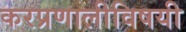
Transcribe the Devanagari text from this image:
करप्रणालीविषयी